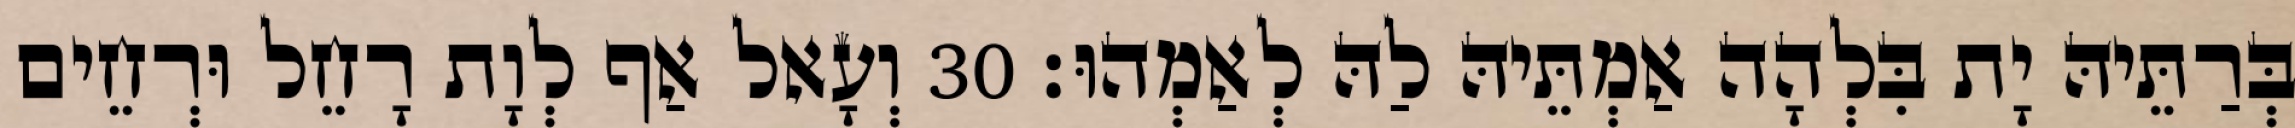
בְּרַתֵּיהּ יָת בִּלְהָה אַמְתֵּיהּ לַהּ לְאַמְהוּ׃ 30 וְעָאל אַף לְוָת רָחֵל וּרְחֵים